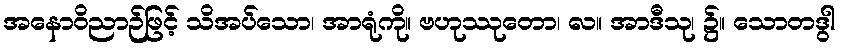
အနောဝိညာဉ်ဖြင့် သိအပ်သော၊ အာရုံကို။ ဗဟုဿုတော၊ လ။ အာဒီသု၊ ၌။ သောတဒွါ